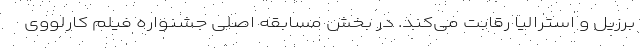
برزیل و استرالیا رقابت می‌کند. در بخش مسابقه اصلی جشنواره فیلم کارلووی